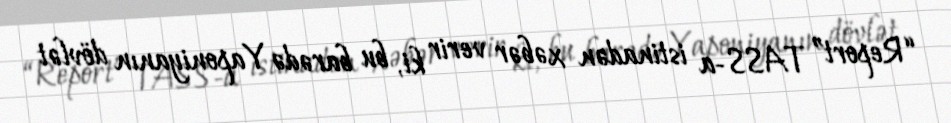
“Report” TASS-a istinadən xəbər verir ki, bu barədə Yaponiyanın dövlət